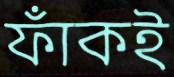
ফাঁকই